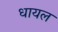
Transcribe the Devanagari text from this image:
धायल